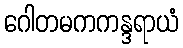
ဂေါတမကကန္ဒရာယံ